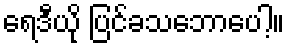
ရေဒီယို ပြင်ခသဘောပေါ့။